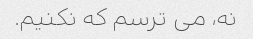
نه، می ترسم که نکنیم.